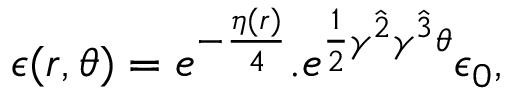
\epsilon ( r , \theta ) = e ^ { - { \frac { \eta ( r ) } { 4 } } } . e ^ { { \frac { 1 } { 2 } } \gamma ^ { \hat { 2 } } \gamma ^ { \hat { 3 } } \theta } \epsilon _ { 0 } ,